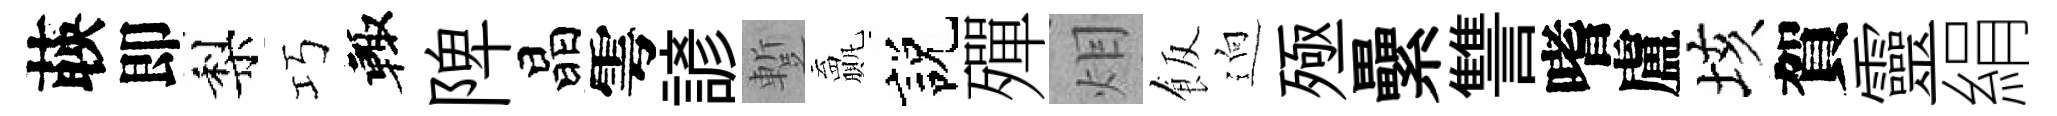
𦴤即梨巧輙陴晶雩諺蹔贏説殫𤇆飯逈殛纍讐嗜盧垓賀靈絹